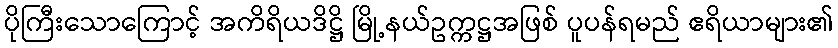
ပိုကြီးသောကြောင့် အကိရိယဒိဋ္ဌိ မြို့နယ်ဥက္ကဋ္ဌအဖြစ် ပူပန်ရမည် ဧရိယာများ၏